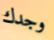
وجدك